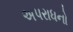
અપરાધનો